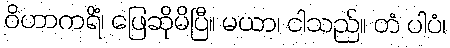
ဝိဟာကရိံ၊ ဖြေဆိုမိပြီ။ မယာ၊ ငါသည်။ တံ ပါပံ၊